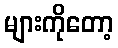
များကိုတော့